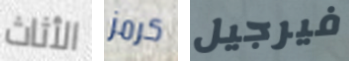
الأثاث كرمز فيرجيل